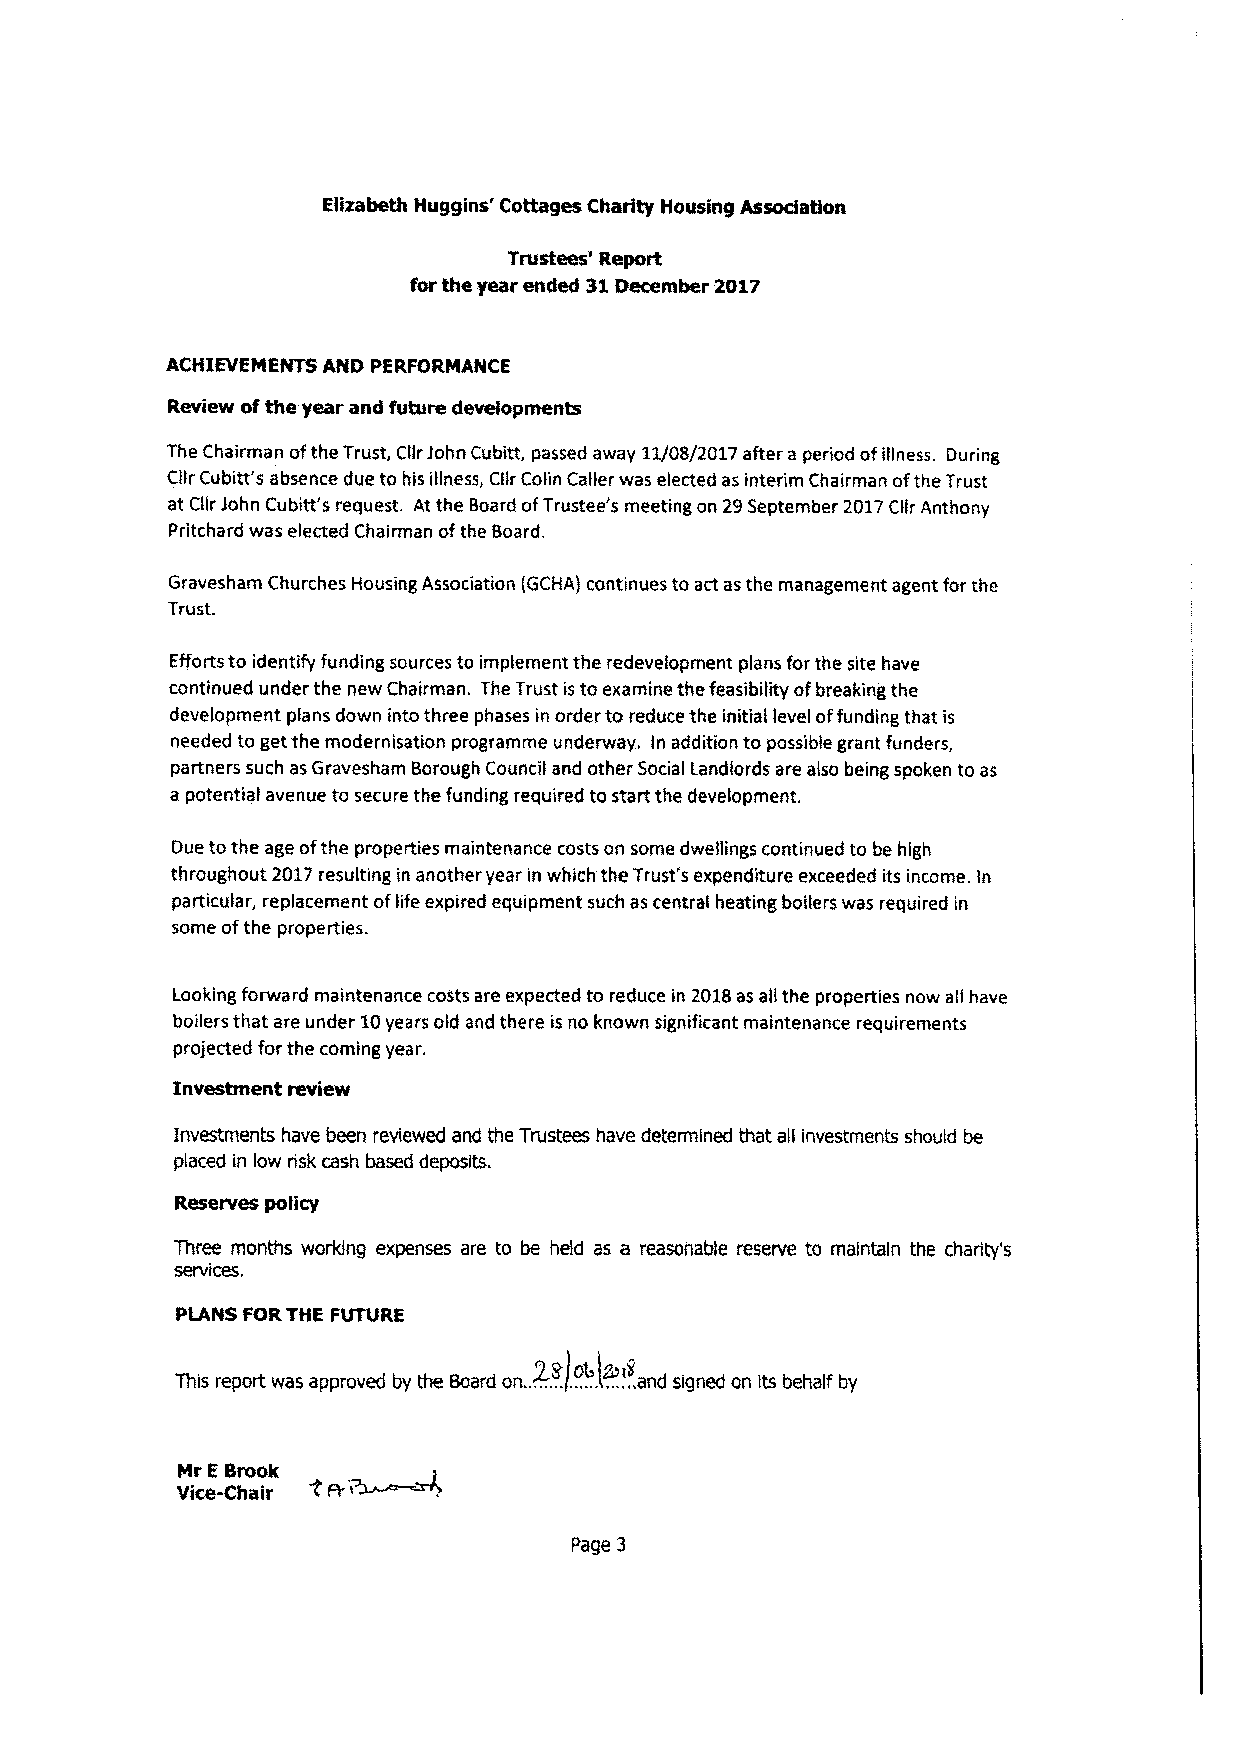
Elizabeth Hug gins' Cottages Charity Housing Association
 Trustees' Report
 for the year ended 31December 2017
 ACHIEVEMENTS AND PERFORMANCE
 Review ofthe year and future developments
 The Chairman ofthe Trust, Cilr lohn Cubitt, passed away 11/08/2017 after a period ofillness. During
 Cllr Cubitt's absence due to his illness, Cilr Colin Caller was elected as interim Chairman ofthe Trust
 at Cllr John Cubitt's request. At the Board ofTrustee's meeting on 29September 2017Cilr Anthony
 Pritchard was elected Chairman ofthe Board.
 Gravesham Churches Housing Association (GCHA) continues to act asthe management agent for the
 Trust.
 Efforts to identify funding sources to implement the redevelopment plans for the site have
 continued under the new Chairman. The Trust isto examine the feasibility ofbreaking the
 development plans down into three phases in order to reduce the initial level offunding that is
 needed to get the modernisation programme underway. In addition to possible grant funders,
 partners such asGravesharn Borough Council and other Social Landlords are also being spoken to as
 a potential avenue to secure the funding required to start the development.
 Due to the age ofthe properties maintenance costs on some dwellings continued to be high
 throughout 2017resulting in another year in which the Trust's expenditure exceeded its income. ln
 particular, replacement oflife expired equipment such ascentral heating boilers was required in
 some ofthe properties.
 Looking forward maintenance costs are expected to reduce in 2018as all the properties now all have
 boilers that are under 10years old and there is no known significant maintenance requirements
 projected forthe coming year.
 Investment review
 Investments have been reviewed and the Trustees have determined that all investments should be
 placed in low risk cash based deposits.
 Reserves policy
 Three months working expenses are to be held as a reasonable reserve to maintain the charity's
 services.
 PLANS FORTHE FUTURE
 This report rvas approved by the Board on..2' ..P .. ).0 ...4 ..lZ..u.t .'k..and srgned on Its behalf by
 Mr EBrook
 Vice-Chair
 Page 3